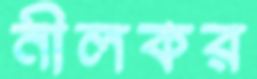
নীলকর